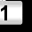
Digit: 1